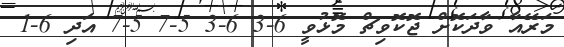
މަރޭއާ ވާދަކޮށް ޖޮކޮވިޗް މޮޅުވީ 6-3 6-3 5-7 5-7 އަދި 6-1